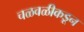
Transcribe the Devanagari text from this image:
चळवळीकडून